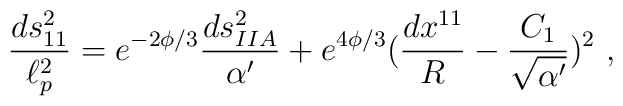
{ds_{11}^2\over \ell_p^2}=e^{-2\phi/3}{ds_{IIA}^2\over\alpha'}+e^{4\phi/3}({dx^{11}\over R}-{C_1\over \sqrt{\alpha'}})^2\ ,